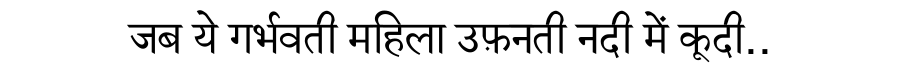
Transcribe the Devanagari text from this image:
जब ये गर्भवती महिला उफ़नती नदी में कूदी..